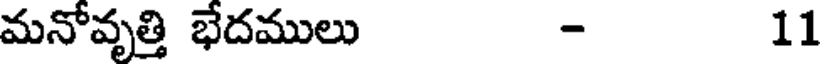
మనోవృత్తి భేదములు - 11